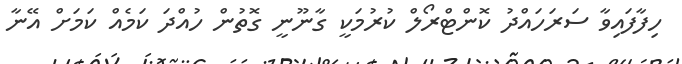
ހިފާފައިވާ ސަރަހައްދު ކޮންޓްރޯލް ކުރުމަކީ ގާނޫނީ ގޮތުން ހުއްދަ ކަމެއް ކަމަށް އޭނާ